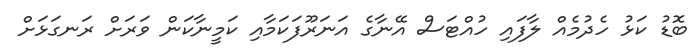
ބޮޑު ކަޅު ހެދުމެއް ލާފައި ހުއްޓަސް އޭނާގެ އަނަރޫފަކަމާއި ކަމީނާކަން ވަރަށް ރަނގަޅަށް